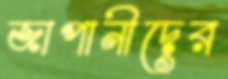
জাপানীদের